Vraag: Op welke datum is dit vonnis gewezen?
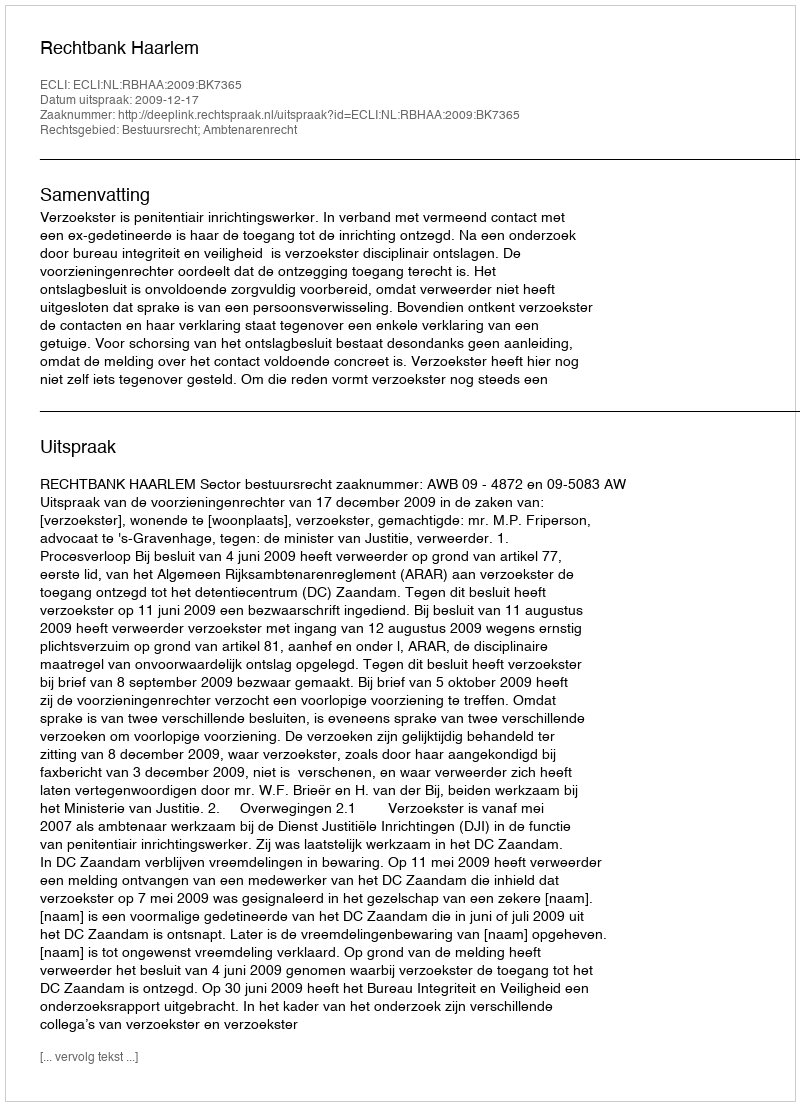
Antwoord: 2009-12-17